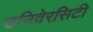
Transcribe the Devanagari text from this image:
उनिवेरसिटी